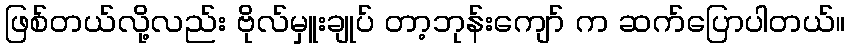
ဖြစ်တယ်လို့လည်း ဗိုလ်မှူးချုပ် တာ့ဘုန်းကျော် က ဆက်ပြောပါတယ်။